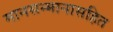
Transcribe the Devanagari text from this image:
मानसन्मानासहित